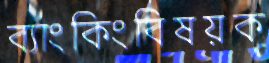
ব্যাংকিংবিষয়ক